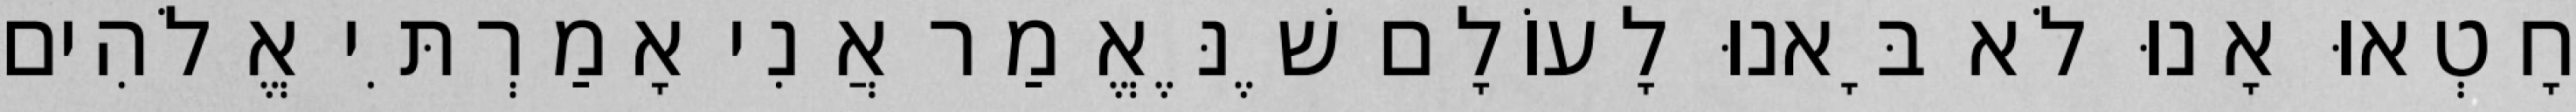
חָטְאוּ אָנוּ לֹא בָּאנוּ לָעוֹלָם שֶׁנֶּאֱמַר אֲנִי אָמַרְתִּי אֱלֹהִים